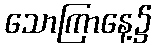
သောကြာနေ့၌